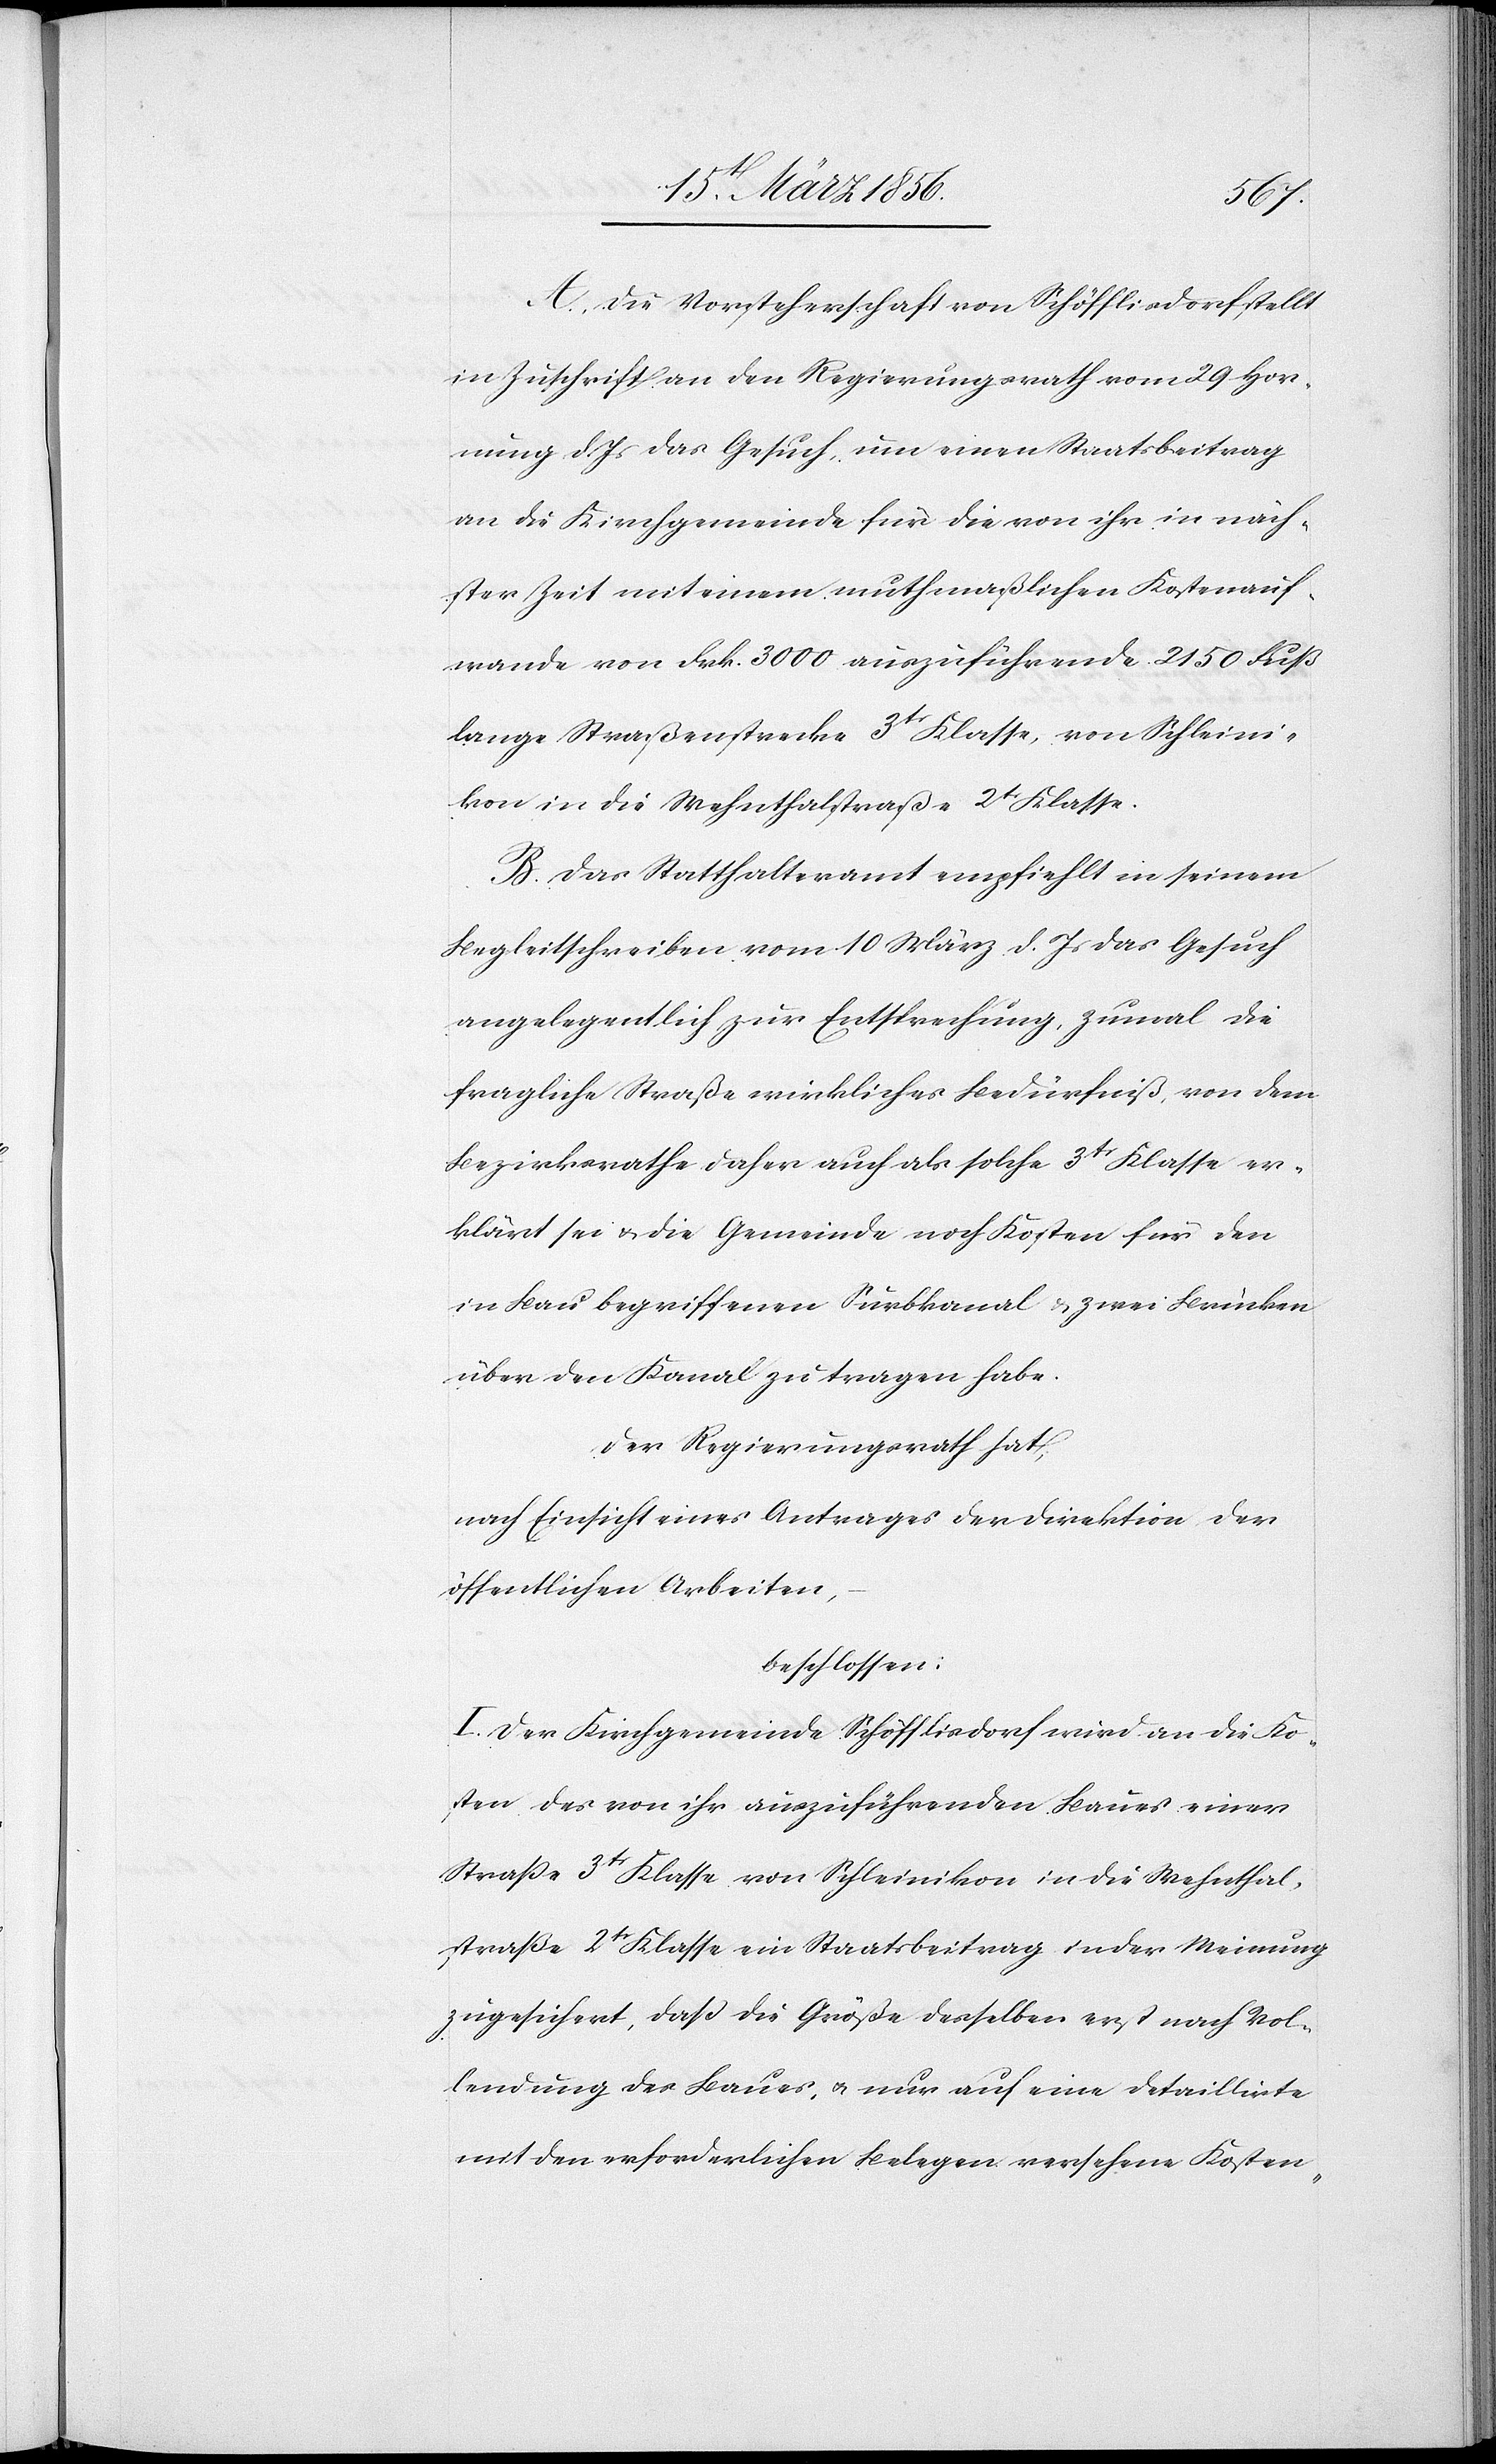
A., Die Vorsteherschaft von Schöfflisdorf stellt
in Zuschrift an den Regierungsrath vom 29 Hor¬
nung d. Js das Gesuch, um einen Staatsbeitrag
an die Kirchgemeinde für die von ihr in näch¬
ster Zeit mit einem muthmaßlichen Kostenauf¬
wande von Frk. 3000 auszuführende 2150 Fuß
lange Straßenstrecke 3tr Klasse, von Schleini¬
kon in die Wehnthalstraße 2tr Klasse.
B. Das Statthalteramt empfiehlt in seinem
Begleitschreiben vom 10 März d. Js das Gesuch
angelegentlich zur Entsprechung, zumal die
fragliche Straße wirkliches Bedürfniß, von dem
Bezirksrathe daher auch als solche 3tr Klasse er¬
klärt sei u. die Gemeinde noch Kosten für den
in Bau begriffenen Surbkanal & zwei Brücken
über den Kanal zu tragen habe.
Der Regierungsrath hat,
nach Einsicht eines Antrages der Direktion der
öffentlichen Arbeiten,
beschlossen:
I. Der Kirchgemeinde Schöfflisdorf wird an die Ko¬
sten des von ihr auszuführenden Baues einer
Straße 3tr Klasse von Schleinikon in die Wehntal¬
straße 2tr Klasse ein Staatsbeitrag in der Meinung
zugesichert, daß die Größe desselben erst nach Vol¬
lendung des Baues, u. nur auf eine detaillirte
mit den erforderlichen Belegen versehene Kosten-